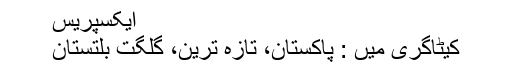
ایکسپریس
کیٹاگری میں : پاکستان، تازہ ترین، گلگت بلتستان